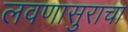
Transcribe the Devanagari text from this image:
लवणासुराचा